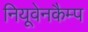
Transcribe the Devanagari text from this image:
नियूवेनकैम्प